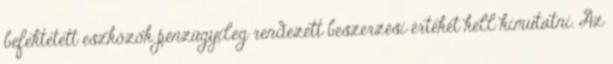
befektetett eszközök pénzügyileg rendezett beszerzési értékét kell kimutatni. Az